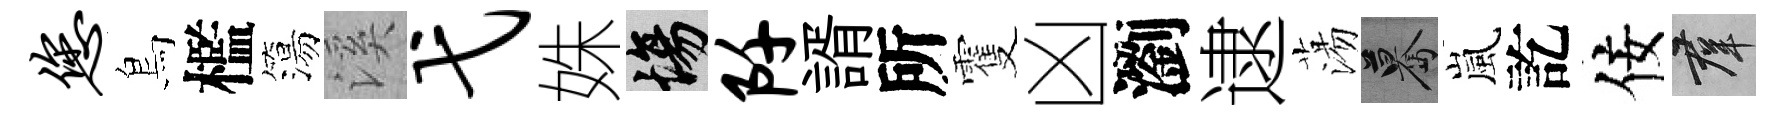
您鳥檻簜溪弋姝場阡諝所䨥凶瀏逮蕩驀嵐訖佞群